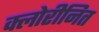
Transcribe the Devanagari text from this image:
क्लोरीनित